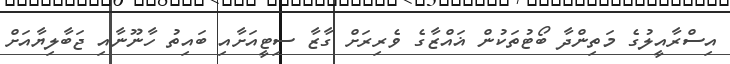
އިސްރާއީލުގެ މަތިންދާ ބޯޓުތަކުން ޣައްޒާގެ ވެރިރަށް ގާޒާ ސިޓީއަށާއި ބައިތު ހާނޫނާއި ޖަބާލިޔާއަށް